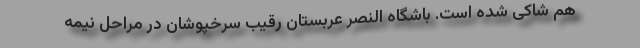
هم شاکی شده است. باشگاه النصر عربستان رقیب سرخپوشان در مراحل نیمه